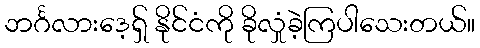
ဘင်္ဂလားဒေ့ရှ် နိုင်ငံကို ခိုလှုံခဲ့ကြပါသေးတယ်။